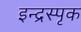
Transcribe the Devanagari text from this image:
इन्द्रस्पृक